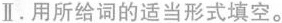
Ⅱ.用所给词的适当形式填空。